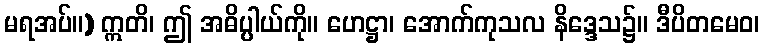
မရအပ်။) ဣတိ၊ ဤ အဓိပ္ပါယ်ကို။ ဟေဋ္ဌာ၊ အောက်ကုသလ နိဒ္ဒေသ၌။ ဒီပိတမေဝ၊